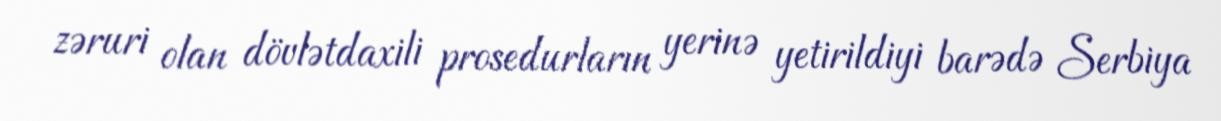
zəruri olan dövlətdaxili prosedurların yerinə yetirildiyi barədə Serbiya